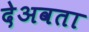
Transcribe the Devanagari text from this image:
देअवता